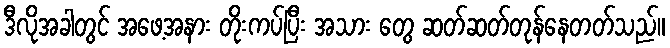
ဒီလိုအခါတွင် အဖေ့အနား တိုးကပ်ပြီး အသား တွေ ဆတ်ဆတ်တုန်နေတတ်သည်။